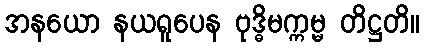
အနယော နယရူပေန ဗုဒ္ဓိမက္ကမ္မ တိဋ္ဌတိ။